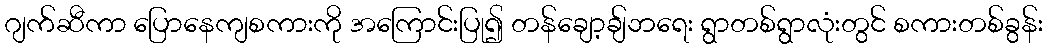
ဂျက်ဆီကာ ပြောနေကျစကားကို အကြောင်းပြု၍ တန်ချော့ချ်ဘရေး ရွာတစ်ရွာလုံးတွင် စကားတစ်ခွန်း